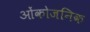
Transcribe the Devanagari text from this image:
ओंकोजनिक